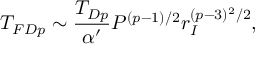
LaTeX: T _ { F D p } \sim \frac { T _ { D p } } { \alpha ^ { \prime } } P ^ { ( p - 1 ) / 2 } r _ { I } ^ { ( p - 3 ) ^ { 2 } / 2 } ,